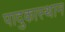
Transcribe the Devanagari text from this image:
पादुकास्थान